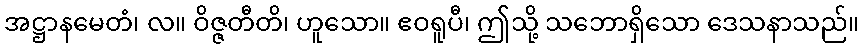
အဋ္ဌာနမေတံ၊ လ။ ဝိဇ္ဇတီတိ၊ ဟူသော။ ဧဝရူပီ၊ ဤသို့ သဘောရှိသော ဒေသနာသည်။